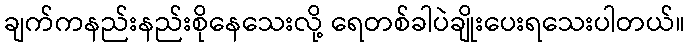
ချက်ကနည်းနည်းစိုနေသေးလို့ ရေတစ်ခါပဲချိုးပေးရသေးပါတယ်။